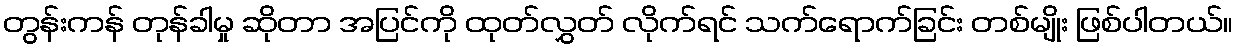
တွန်းကန် တုန်ခါမှု ဆိုတာ အပြင်ကို ထုတ်လွှတ် လိုက်ရင် သက်ရောက်ခြင်း တစ်မျိုး ဖြစ်ပါတယ်။